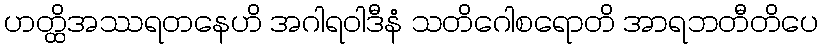
ဟတ္ထိအဿရတနေဟိ အဂါရဝါဒီနံ သတိဂေါစရောတိ အာရဘတီတိပေ